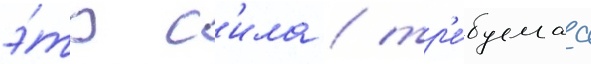
э́то с'ила / тр'е́буемаа